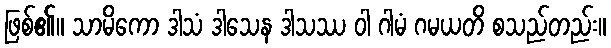
ဖြစ်၏။ သာမိကော ဒါသံ ဒါသေန ဒါသဿ ဝါ ဂါမံ ဂမယတိ စသည်တည်း။